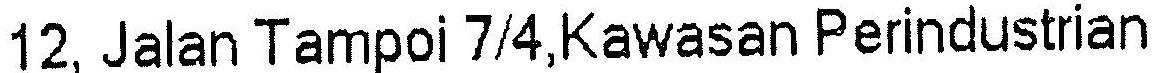
12, JALAN TAMPOI 7/4,KAWASAN PERINDUSTRIAN